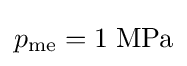
p_{\text{me}}=1\;{\text{MPa}}